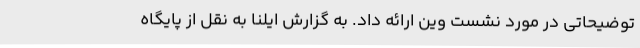
توضیحاتی در مورد نشست وین ارائه داد‌. به گزارش ایلنا به نقل از پایگاه